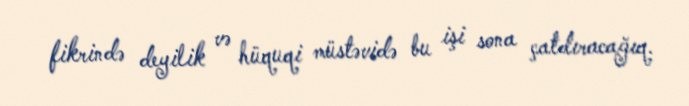
fikrində deyilik və hüquqi müstəvidə bu işi sona çatdıracağıq.